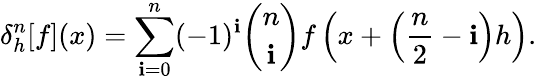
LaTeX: \delta_{h}^{n}[f](x)=\sum_{\mathbf{i}=0}^{n}(-1)^{\mathbf{i}}{\binom{n}{\mathbf{i}}}f\left(x+\left({\frac{{n}}{{2}}}-\mathbf{i}\right)h\right).